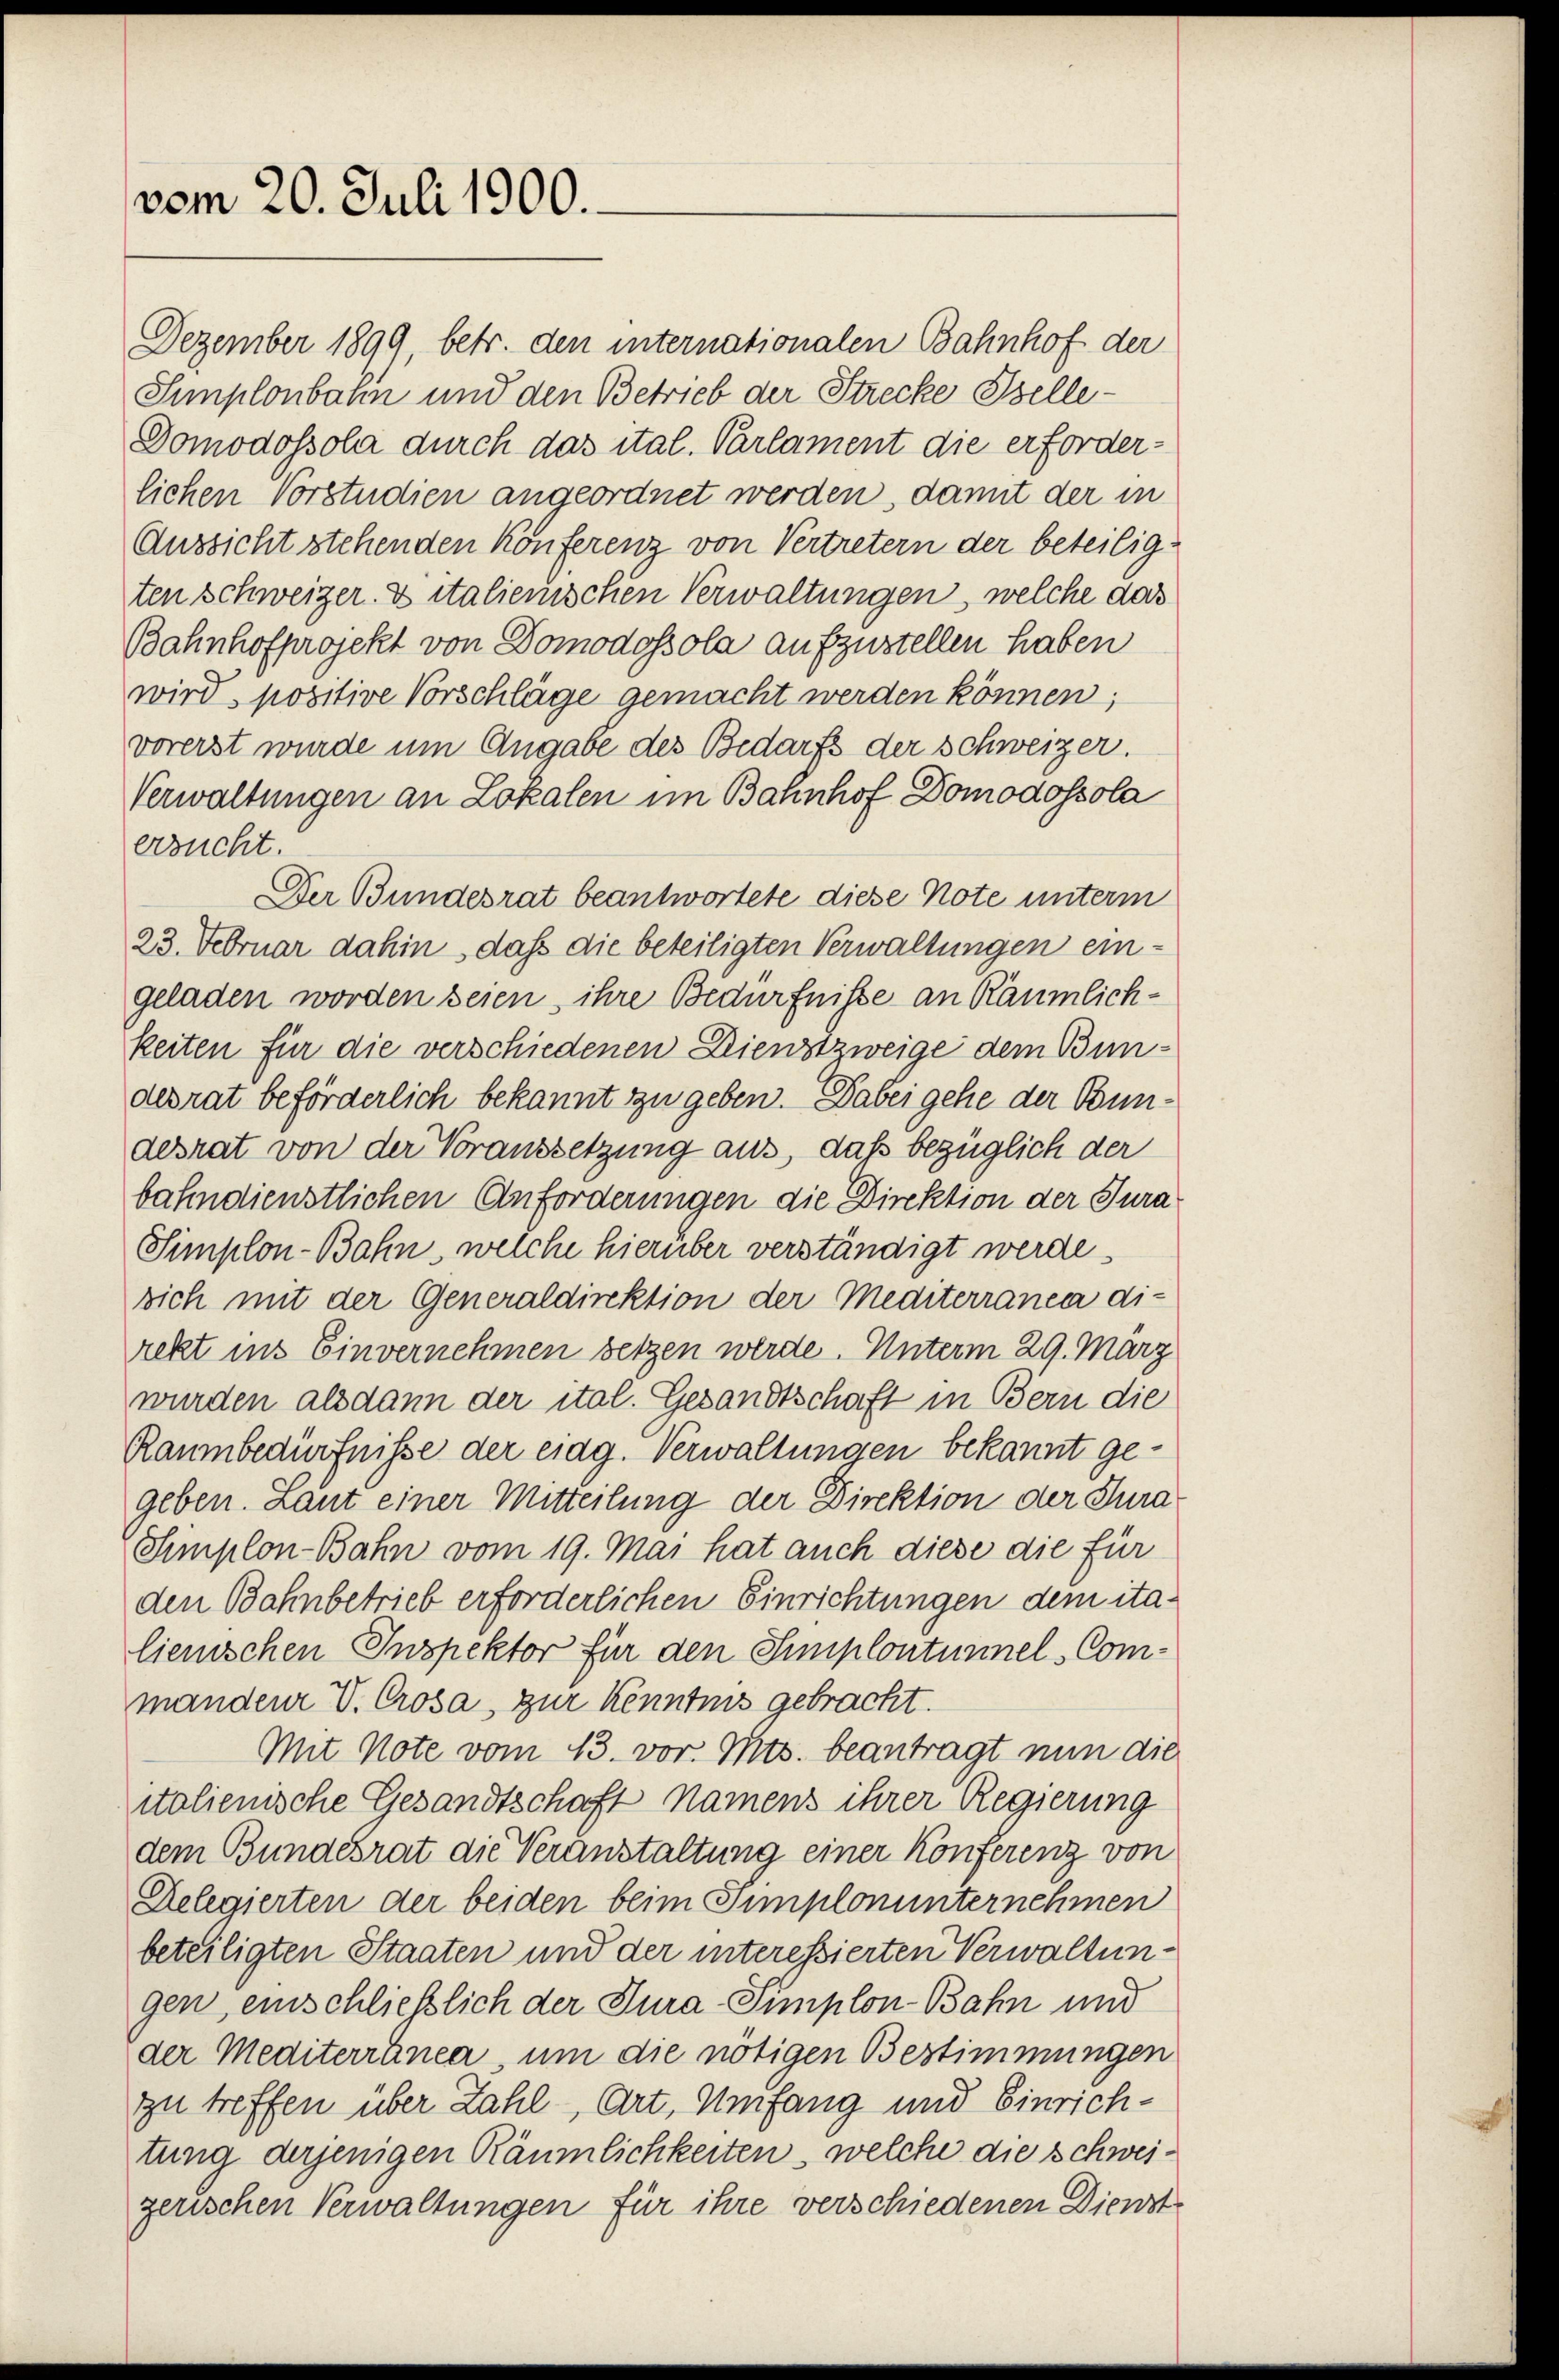
vom 20. Juli 1900.

vorerst wurde um Angabe des Bedarfs der Schweizer.
Verwaltungen an Lokalen im Bahnhof Domodossola
ersucht.
Der Bundesrat beantwortete diese Note unterm
23. Februar dahin, daß die beteiligten Verwaltungen eingeladen worden seien, ihre Bedürfnisse an Räumlichkeiten für die verschiedenen Dienstzweige dem Bundesrat beförderlich bekannt zu geben. Dabei gehe der Bundesrat von der Voraussetzung aus, daß bezüglich der
bahndienstlichen Anforderungen die Direktion der Jura¬
Simplon-Bahn, welche hierüber verständigt werde.
sich mit der Generaldirektion der Mediterranca di-
rekt ins Einvernehmen setzen werde. Unterm 29. März
wurden alsdann der ital. Gesandtschaft in Bern die
Raumbedürfnisse der eidg. Verwaltungen bekannt gegeben. Laut einer Mitteilung der Direktion der Jura¬
Simplon-Bahn vom 19. Mai hat auch diese die für
den Bahnbetrieb erforderlichen Einrichtungen dem italienischen Inspektor für den Simplontunnel-Commandenr V. Crosa, zur Kenntnis gebracht.
Mit Note vom 13. vor. Mts. beantragt nun die
italienische Gesandtschaft namens ihrer Regierung
dem Bundesrat die Veranstaltung einer Konferenz von
Relegierten der beiden beim Simplonunternehmen
beteiligten Staaten und der interessierten Verwaltungen, einschließlich der Tura-Simplon-Bahn und
der Mediterranea, um die nötigen Bestimmungen
zu treffen über Zahl, Art. Umfang und Einrichtung derjenigen Räumlichkeiten, welche die schweigerischen Verwaltungen für ihre verschiedenen Dienst

Dezember 1899, betr. den internationalen Bahnhof der
Simplonbahn und den Betrieb der Strecke Belle¬
Domodossola durch das ital. Parlament die erforderlichen Vorstudien angeordnet werden, damit der in
Aussicht stehenden Konferenz von Vertretern der beteiligten Schweizer & italienischen Verwaltungen, welche das
Bahnhofprojekt von Domodossola aufzustellen haben
wird. positive Vorschläge gemacht werden können;